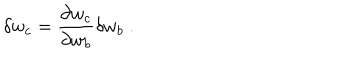
LaTeX: \delta w _ { c } = \frac { \partial w _ { c } } { \partial w _ { b } } \delta w _ { b } \ .